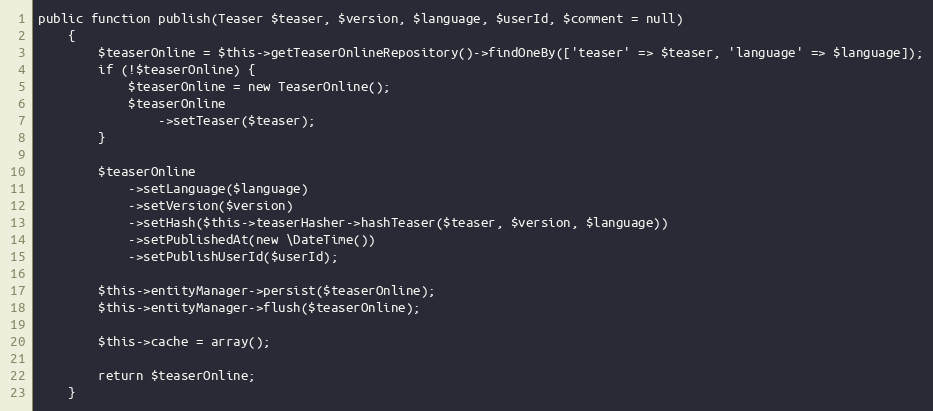
Language: PHP
public function publish(Teaser $teaser, $version, $language, $userId, $comment = null)
    {
        $teaserOnline = $this->getTeaserOnlineRepository()->findOneBy(['teaser' => $teaser, 'language' => $language]);
        if (!$teaserOnline) {
            $teaserOnline = new TeaserOnline();
            $teaserOnline
                ->setTeaser($teaser);
        }

        $teaserOnline
            ->setLanguage($language)
            ->setVersion($version)
            ->setHash($this->teaserHasher->hashTeaser($teaser, $version, $language))
            ->setPublishedAt(new \DateTime())
            ->setPublishUserId($userId);

        $this->entityManager->persist($teaserOnline);
        $this->entityManager->flush($teaserOnline);

        $this->cache = array();

        return $teaserOnline;
    }